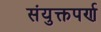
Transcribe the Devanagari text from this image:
संयुक्तपर्ण